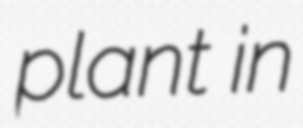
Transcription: plant in